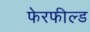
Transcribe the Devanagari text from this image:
फेरफील्ड